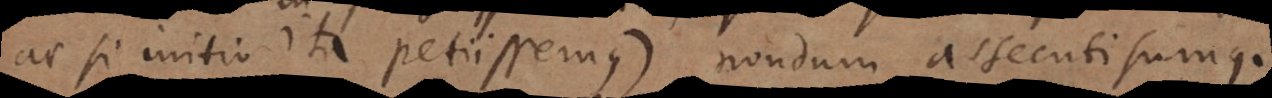
ac si initio ita petiissemus) nondum assecuti sumus.